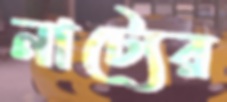
নাট্যের